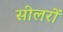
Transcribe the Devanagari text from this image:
सीलरों